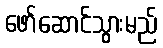
ဖော်ဆောင်သွားမည်